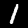
Label: 1